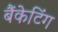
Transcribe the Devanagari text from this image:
बैंकेटिंग